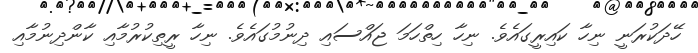
ހޭދަކުރަނީ ނިހާ ކައިރީގައެވެ. ނިހާ ހިތްހަމަ ޖައްސައި ދިނުމުގައެވެ. ނިހާ ރީތިކުރުމާއި ކާންދިނުމާއި